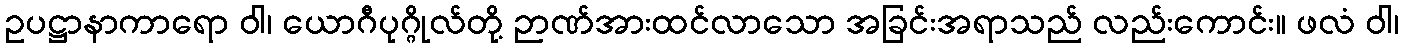
ဥပဋ္ဌာနာကာရော ဝါ၊ ယောဂီပုဂ္ဂိုလ်တို့ ဉာဏ်အားထင်လာသော အခြင်းအရာသည် လည်းကောင်း။ ဖလံ ဝါ၊